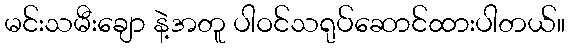
မင်းသမီးချော နဲ့အတူ ပါဝင်သရုပ်ဆောင်ထားပါတယ်။